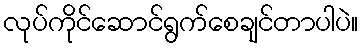
လုပ်ကိုင်ဆောင်ရွက်စေချင်တာပါပဲ။